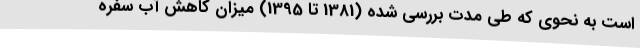
است به نحوی که طی مدت بررسی شده (1381 تا 1395) میزان کاهش آب سفره